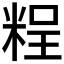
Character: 𥺆